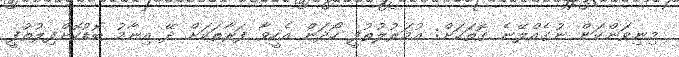
މިނިވަންކަން ނުގެއްލޭނެ ގޮތަކަށް: އުމަރުލުތުފީ ހޯދަން އެހީވާ ފަރާތަކަށް ދޭ އިނާމު ބޮޑުކޮށްފިލުތުފީ